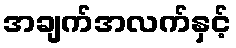
အချက်အလက်နှင့်